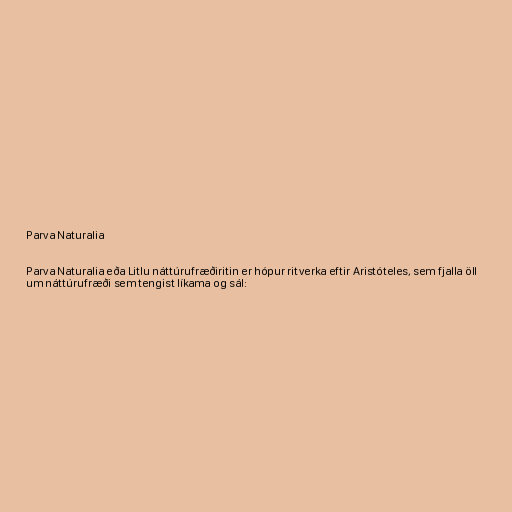
Parva Naturalia

Parva Naturalia eða Litlu náttúrufræðiritin er hópur ritverka eftir Aristóteles, sem fjalla öll
um náttúrufræði sem tengist líkama og sál: